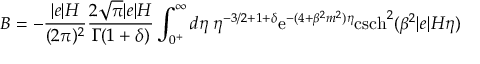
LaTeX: B = - \frac { \vert e \vert H } { ( 2 \pi ) ^ { 2 } } \frac { 2 \sqrt { \pi } \vert e \vert H } { \Gamma ( 1 + \delta ) } \int _ { 0 ^ { + } } ^ { \infty } d \eta \; \eta ^ { - 3 / 2 + 1 + \delta } \mathrm { e } ^ { - ( 4 + \beta ^ { 2 } m ^ { 2 } ) \eta } \mathrm { c s c h } ^ { 2 } ( \beta ^ { 2 } \vert e \vert H \eta )